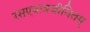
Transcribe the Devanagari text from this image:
रसएवात्रजीवितम्